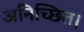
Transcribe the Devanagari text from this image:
अनिच्छित।